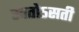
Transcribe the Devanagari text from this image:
स्वतोऽसती